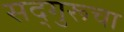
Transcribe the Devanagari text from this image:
सद्गुरूचा